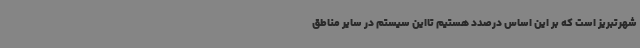
شهرتبریز است که بر این اساس درصدد هستیم تااین سیستم در سایر مناطق